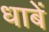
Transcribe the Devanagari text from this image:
धाबें